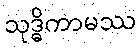
သုဒ္ဓိကာမဿ